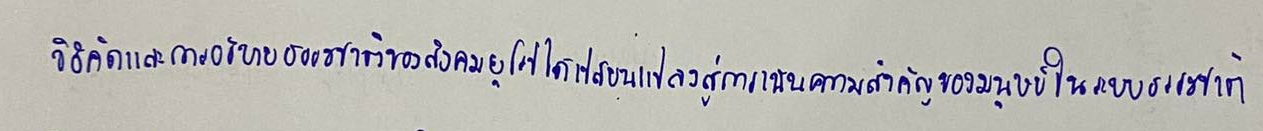
วิธีคิดและการอธิบายธรรมชาติของสังคมยุโรปได้เปลี่ยนแปลงสู่การเน้นความสำคัญของมนุษย์ในระบบธรรมชาติ